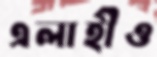
এলাহীও